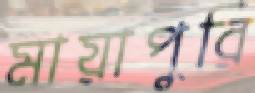
মায়াপুরি